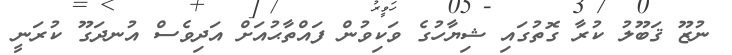
ނުޒޫ ޤަބޫލު ކުރާ ގޮތުގައި ޝިޔާހުގެ ވަކިވުން ފައްތާޙުއަށް އަދިވެސް އުނދަގޫ ކުރަނީ